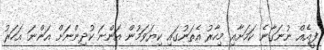
ފީއެއް ނުނަގާނެ ކަމަށާއި މިހާރު އެތަނުގައި ކިޔަވަމުން އަންނަ ކުދިންނަށް އަންނަ އަހަރު